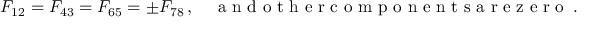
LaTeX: F _ { 1 2 } = F _ { 4 3 } = F _ { 6 5 } = \pm F _ { 7 8 } \, , \quad \textrm { a n d o t h e r c o m p o n e n t s a r e z e r o } \, .